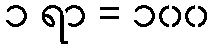
၁ ရာ = ၁၀၀